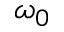
\omega _ { 0 }